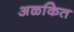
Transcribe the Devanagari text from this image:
अळकित